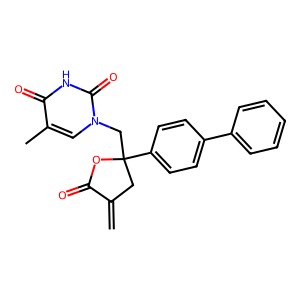
SMILES: C=C1CC(Cn2cc(C)c(=O)[nH]c2=O)(c2ccc(-c3ccccc3)cc2)OC1=O
Inhibits HIV replication: No